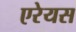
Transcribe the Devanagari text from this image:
एरेयस